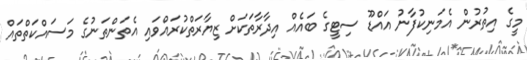
މީގެ އިތުރުން އެމަނިކުފާނު އައްޑޫ ސިޓީގެ ބައެއް އިދާރާތަކަށް ޒިޔާރަތްކުރައްވައި އެތަންތަނުގެ މަސައްކަތްތައް